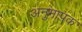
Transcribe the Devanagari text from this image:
अनुमापक